Vaccination in Burma 1900-1911 - 1900-1911
Year: 1900
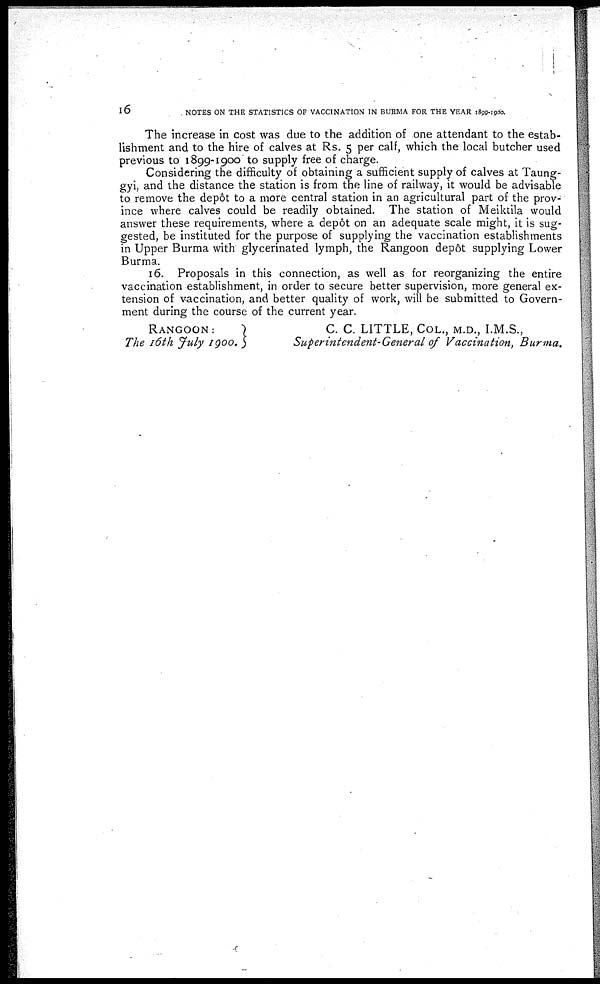
16
NOTES ON THE STATISTICS OF VACCINATION IN BURMA FOR THE YEAR 1899-1900.
The increase in cost was due to the addition of one attendant to the estab-
lishment and to the hire of calves at Rs. 5 per calf, which the local butcher used
previous to 1899-1900 to supply free of charge.
Considering the difficulty of obtaining a sufficient supply of calves at Taung-
gyi, and the distance the station is from the line of railway, it would be advisable
to remove the depôt to a more central station in an agricultural part of the prov-
ince where calves could be readily obtained. The station of Meiktila would
answer these requirements, where a depôt on an adequate scale might, it is sug-
gested, be instituted for the purpose of supplying the vaccination establishments
in Upper Burma with glycerinated lymph, the Rangoon depôt supplying Lower
Burma.
16. Proposals in this connection, as well as for reorganizing the entire
vaccination establishment, in order to secure better supervision, more general ex-
tension of vaccination, and better quality of work, will be submitted to Govern-
ment during the course of the current year.
RANGOON:
The 16th July 1900.
C. C. LITTLE, COOL, M.D., I.M.S.,
Superintendent-General of Vaccination, Burma,